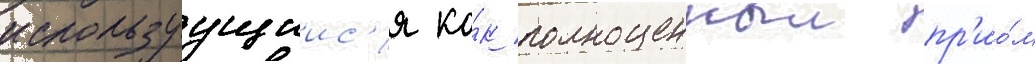
используущиис'я ка́к полноценныи пр'ио́м